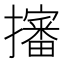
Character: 𢸙